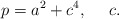
\begin{align*}p = a^2 + c^4,\ \ \ \ c .\end{align*}